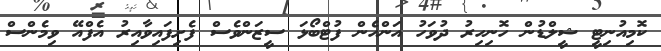
ކޮމިއުނިޓީ ޝީލްޑުން ހޮނިހިރު ދުވަހު އަންހެން ފުޓްބޯޅަ ސީޒަންވެސް ފެށިފައިވާއިރު އެފްއޭ ވިމެންސް